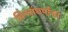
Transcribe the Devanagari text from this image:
बिनसंघर्षांचा